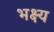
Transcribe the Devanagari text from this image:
भक्ष्‍य